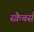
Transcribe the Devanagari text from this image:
स्क्रैबर्स